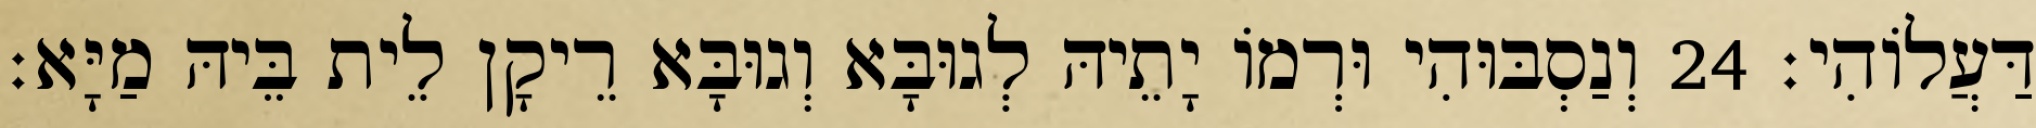
דַּעֲלוֹהִי׃ 24 וְנַסְבּוּהִי וּרְמוֹ יָתֵיהּ לְגוּבָּא וְגוּבָּא רֵיקָן לֵית בֵּיהּ מַיָּא׃